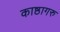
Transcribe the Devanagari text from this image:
काष्ठागरु